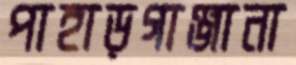
পাহাড়গাঞ্জানা